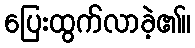
ပြေးထွက်လာခဲ့၏။